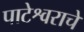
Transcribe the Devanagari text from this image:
पाटेश्वराचे